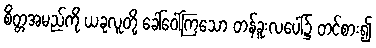
စိတ္တအမည်ကို ယခုလူတို့ ခေါ်ဝေါ်ကြသော တန်ခူးလပေါ်၌ တင်စား၍